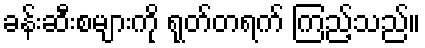
ခန်းဆီးစများကို ရုတ်တရက် ကြည့်သည်။